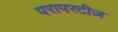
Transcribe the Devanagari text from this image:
परापरटीज़